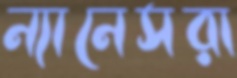
ন্যানেসরা